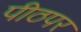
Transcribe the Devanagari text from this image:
पीठपर